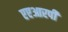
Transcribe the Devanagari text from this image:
एएआरपी